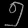
Digit: ၅